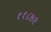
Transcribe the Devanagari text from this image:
११८७२